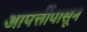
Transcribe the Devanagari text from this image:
आपत्तींपासून